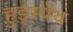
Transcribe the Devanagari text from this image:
हुड्स्पेथ